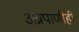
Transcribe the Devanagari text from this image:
अन्नपाणीही